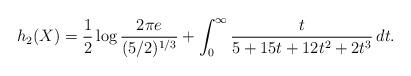
LaTeX: \begin{align*} h_2(X) = \frac12 \log \frac{2 \pi e}{(5/2)^{1/3}} + \int_0^\infty \frac{t}{5+15t+12t^2+2t^3} \, dt.\end{align*}